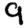
Digit: 9